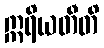
ဣရိယတီတိ